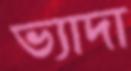
ভ্যাদা